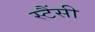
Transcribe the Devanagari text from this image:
स्टैंसी